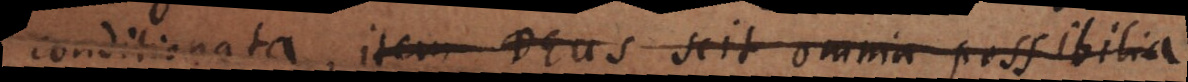
conditionata. Item Deus scit omnia possibilia